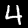
Label: 4